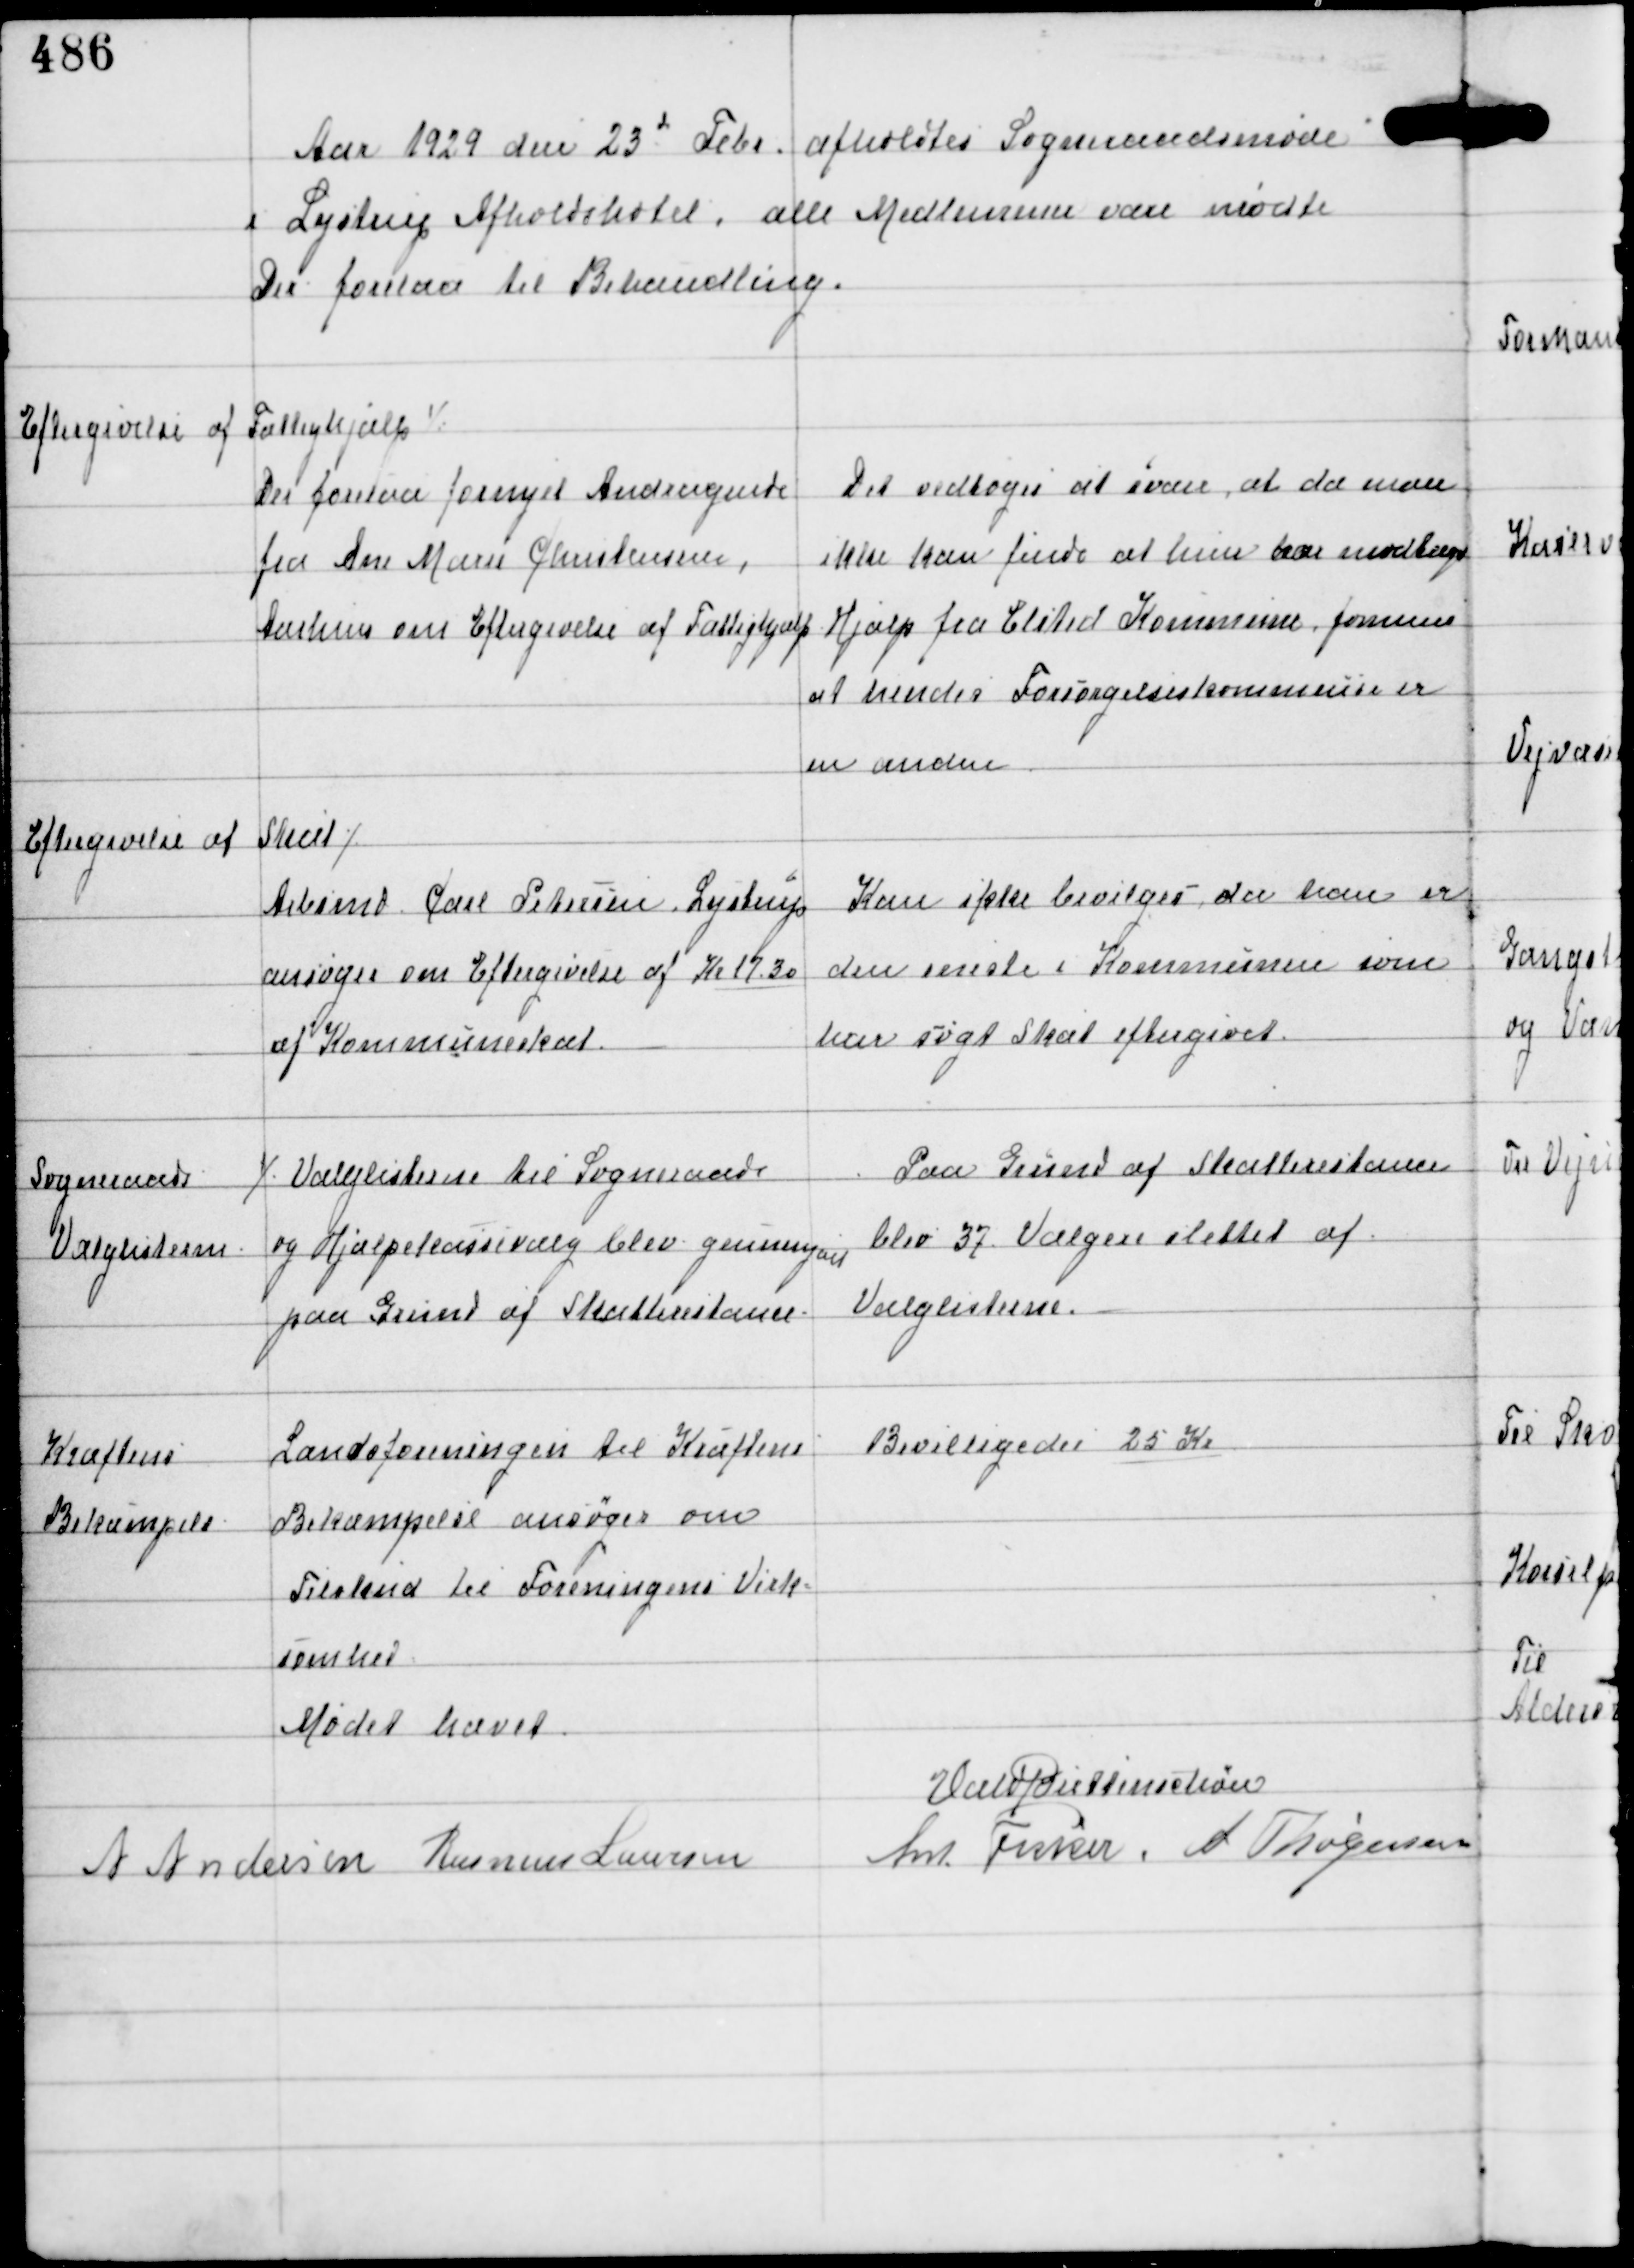
Transskription:
Aar 1929 den 23d Febr afholdtes Sogneraadsmøde
i Lystrup Afholdshotel, alle Medlemmer vare mødte
Der forelaa til Behandling.

Eftergivelse af Fattighjælp ⁒

Der forelaa fornyet Andragende
fra Ane Marie Christensen,
Aarhus om Eftergivelse af Fattighjælp

Det vedtoges at svare, at da man
ikke kan finde at hun har modtaget
Hjælp fra Elsted Kommune formenes
at hendes Forsørgelseskommune er
en anden

Eftergivelse af Skat ⁒

Arbmd Carl Petersen, Lystrup
ansøger om Eftergivelse af Kr 17,30
af Kommuneskat.

Kan ikke bevilges, da han er
den eneste i Kommunen som
har søgt Skat eftergivet.

Sogneraads
Valglisterne

⁒ Valglisterne til Sogneraads
og Hjælpekassevalg blev gennemgaaet
paa Grund af Skatterestance

Paa Grund af Skatterestance
blev 37 Vælgere slettet af
Valglisterne.

Kræftens
Bekæmpelse

Landsforeningen til Kræftens
Bekæmpelse ansøger om
Tilskud til Foreningens Virk-
somhed

Bevilligedes 25 Kr

Mødet hævet
Vald Buttenschøn
Ant Fisker A Thøgersen
A Andersen Rasmus Laursen